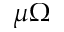
\mu \Omega